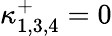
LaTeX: \kappa_{1,3,4}^{+}=0